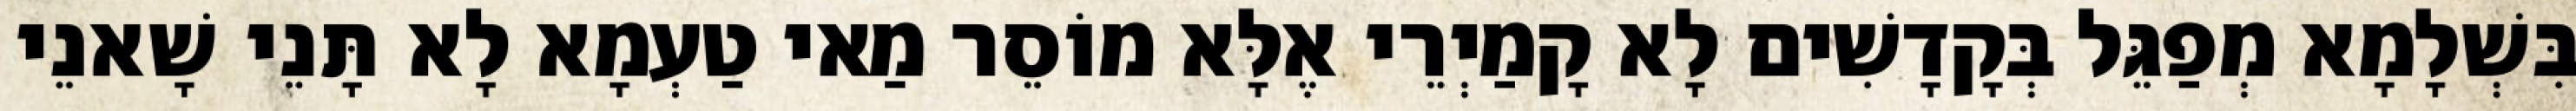
בִּשְׁלָמָא מְפַגֵּל בְּקָדָשִׁים לָא קָמַיְרֵי אֶלָּא מוֹסֵר מַאי טַעְמָא לָא תָּנֵי שָׁאנֵי